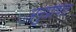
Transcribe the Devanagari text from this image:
अनुप्रेषित